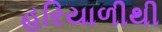
હરિયાળીથી